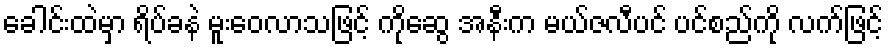
ခေါင်းထဲမှာ ရိပ်ခနဲ မူးဝေလာသဖြင့် ကိုဆွေ အနီးက မယ်ဇလီပင် ပင်စည်ကို လက်ဖြင့်